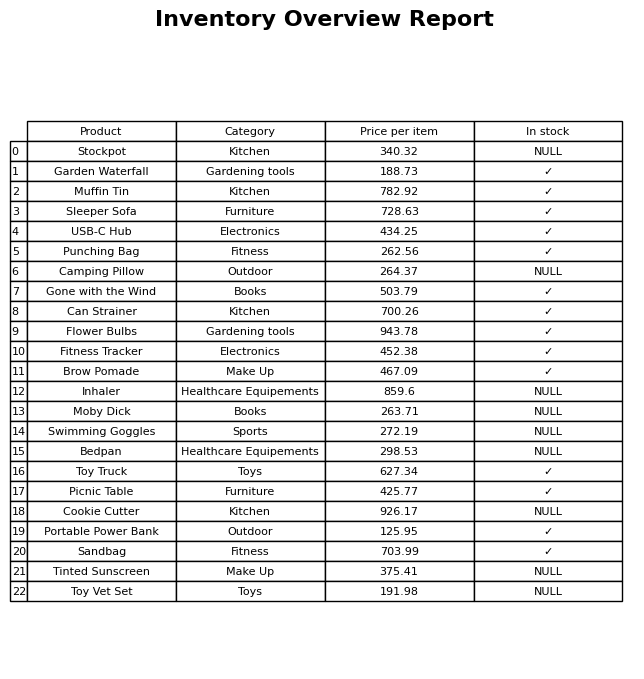
question: What is the price for Sandbag?
answer: The price of Sandbag is 703.99.